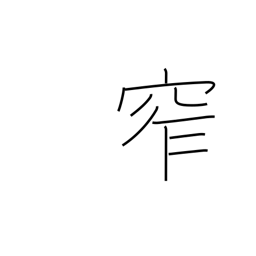
Meaning: furl